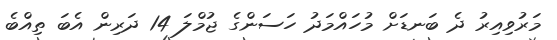
މަރުވިއިރު ދެ ބަނޑަށް މުހައްމަދު ހަސަންގެ ޖުމްލަ 14 ދަރިން އެބަ ތިއްބެ